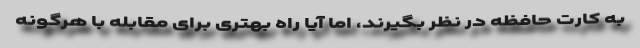
به کارت حافظه در نظر بگیرند، اما آیا راه بهتری برای مقابله با هرگونه